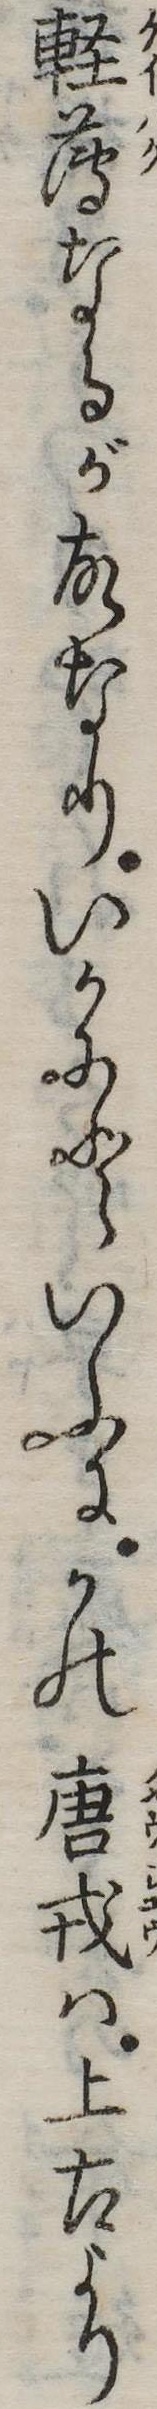
軽薄なるが故なりいかにといふにかの唐戎は上古より